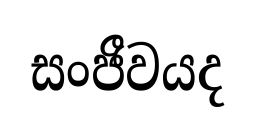
සංජීවයද